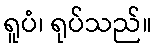
ရူပံ၊ ရုပ်သည်။